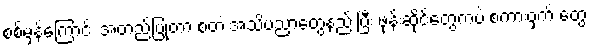
စစ်မှန်ကြောင်း အတည်ပြုတာ စတဲ့ အသိပညာတွေနည်းပြီး ဖုန်းဆိုင်တွေကပဲ စကားဝှက် တွေ